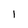
Character: 1